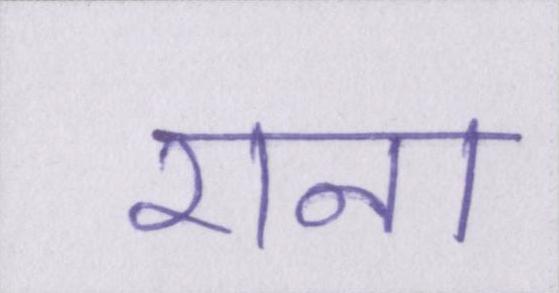
राना